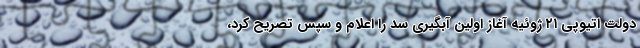
دولت اتیوپی ۲۱ ژوئیه آغاز اولین آبگیری سد را اعلام و سپس تصریح کرد،